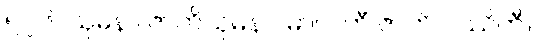
၅၇၆။ သုမနာ ဇာတိသုမနာ၊ မာလတီ ဇာတိ ဝဿိကီ။